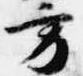
方